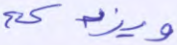
ويزدكم